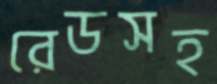
রেডসহ